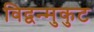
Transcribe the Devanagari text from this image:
विद्वन्मुकुट